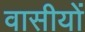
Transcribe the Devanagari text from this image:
वासीयों